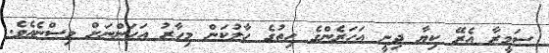
ސަމީރާ އެރޭ ކިޔާ ދިނީ އަހަރެންގެ ހިތުގެ ހާލުކަން މިހާރު އަހަންނަށް ވިސްނެއެވެ.